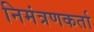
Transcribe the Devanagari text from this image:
निमंत्रणकर्ता